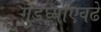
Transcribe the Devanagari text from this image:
गुडघ्याएवढे